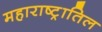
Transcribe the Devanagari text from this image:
महाराष्ट्रातिल